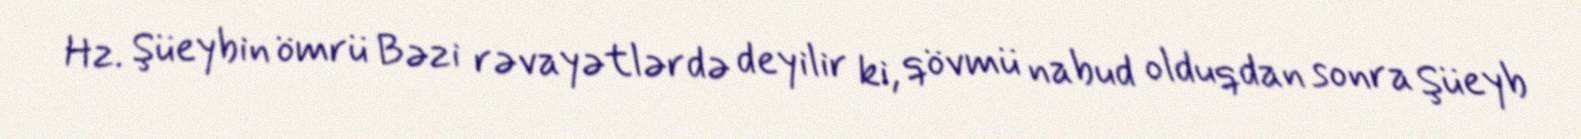
Hz. Şüeybin ömrü Bəzi rəvayətlərdə deyilir ki, qövmü nabud olduqdan sonra Şüeyb